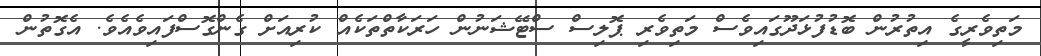
މަތިވެރީގެ އިތުރުން ބޮޑުފުޅަދޫގައިވެސް މަތިވެރި ޕޮލިސް ސްޓޭޝަނުން ހަރަކާތްތަކެއް ކުރިއަށް ގެންގޮސްފައިވެއެވެ. އެގޮތުން